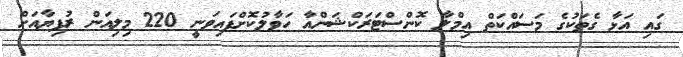
ގައި އަޅާ ގެތަކުގެ މަސައްކަތް އިމްލާ ކޮންސްޓަރަކްޝަންއާ ހަވާލުކޮށްފައިވަނީ 220 މިލިއަން ރުފިޔާއަށް